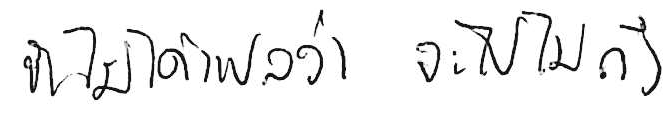
ช้า ไม่ได้แปลว่า จะไปไม่ถึง